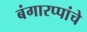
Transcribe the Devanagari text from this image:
बंगारप्पांचे